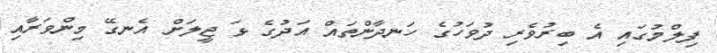
ފިލްމުގައި އެ ބިރުވެރި ދުވަހުގެ ހަނދާންތައް އަދުގެ ޅަ ޖީލަށް އެނގޭ މިންވަރާއި